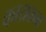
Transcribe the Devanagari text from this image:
काय्रक्रम